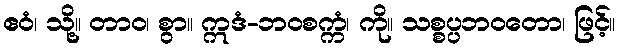
ဧဝံ၊ သို့။ တာဝ၊ စွာ။ ဣဒံ-ဘဝစက္ကံ၊ ကို။ သစ္စပ္ပဘဝတော၊ ဖြင့်။